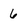
Character: 6